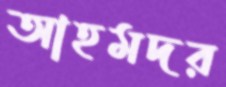
আহমদর